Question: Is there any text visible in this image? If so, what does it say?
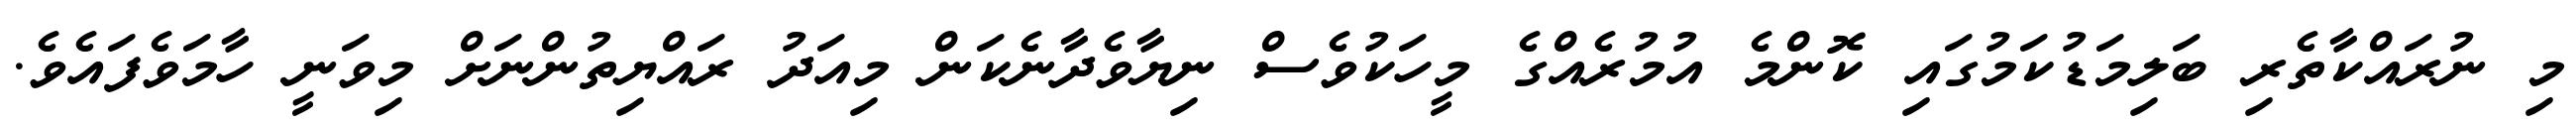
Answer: މި ނުރައްކާތެރި ބަލިމަޑުކަމުގައި ކޮންމެ އުމުރެއްގެ މީހަކުވެސް ނިޔާވެދާނެކަން މިއަދު ރައްޔިތުންނަށް މިވަނީ ހާމަވެފައެވެ.